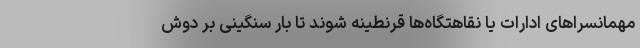
مهمانسراهای ادارات یا نقاهتگاه‌ها قرنطینه شوند تا بار سنگینی بر دوش